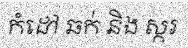
កំដៅ ឆក់ និង ស្ករ